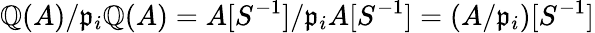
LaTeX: \mathbb{Q}(A)/{\mathfrak{{p}}}_{i}\mathbb{Q}(A)=A[S^{-1}]/{\mathfrak{{p}}}_{i}A[S^{-1}]=(A/{\mathfrak{{p}}}_{i})[S^{-1}]